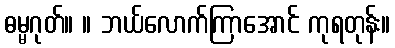
ဓမ္မဂုတ်။ ။ ဘယ်လောက်ကြာအောင် ကုရတုန်း။